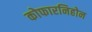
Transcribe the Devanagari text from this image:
कोफारनिहोन